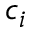
c _ { i }